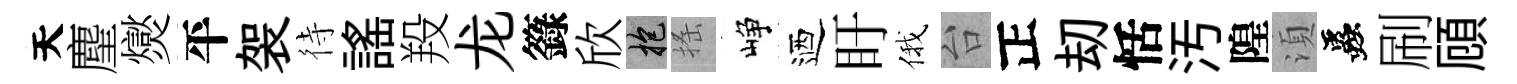
天麈爕平袈待謡羖龙籙欣抱搖峥迺盱俄台正刧恬汚隍湏蟲刷頋